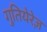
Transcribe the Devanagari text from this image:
गुतियेरेज़